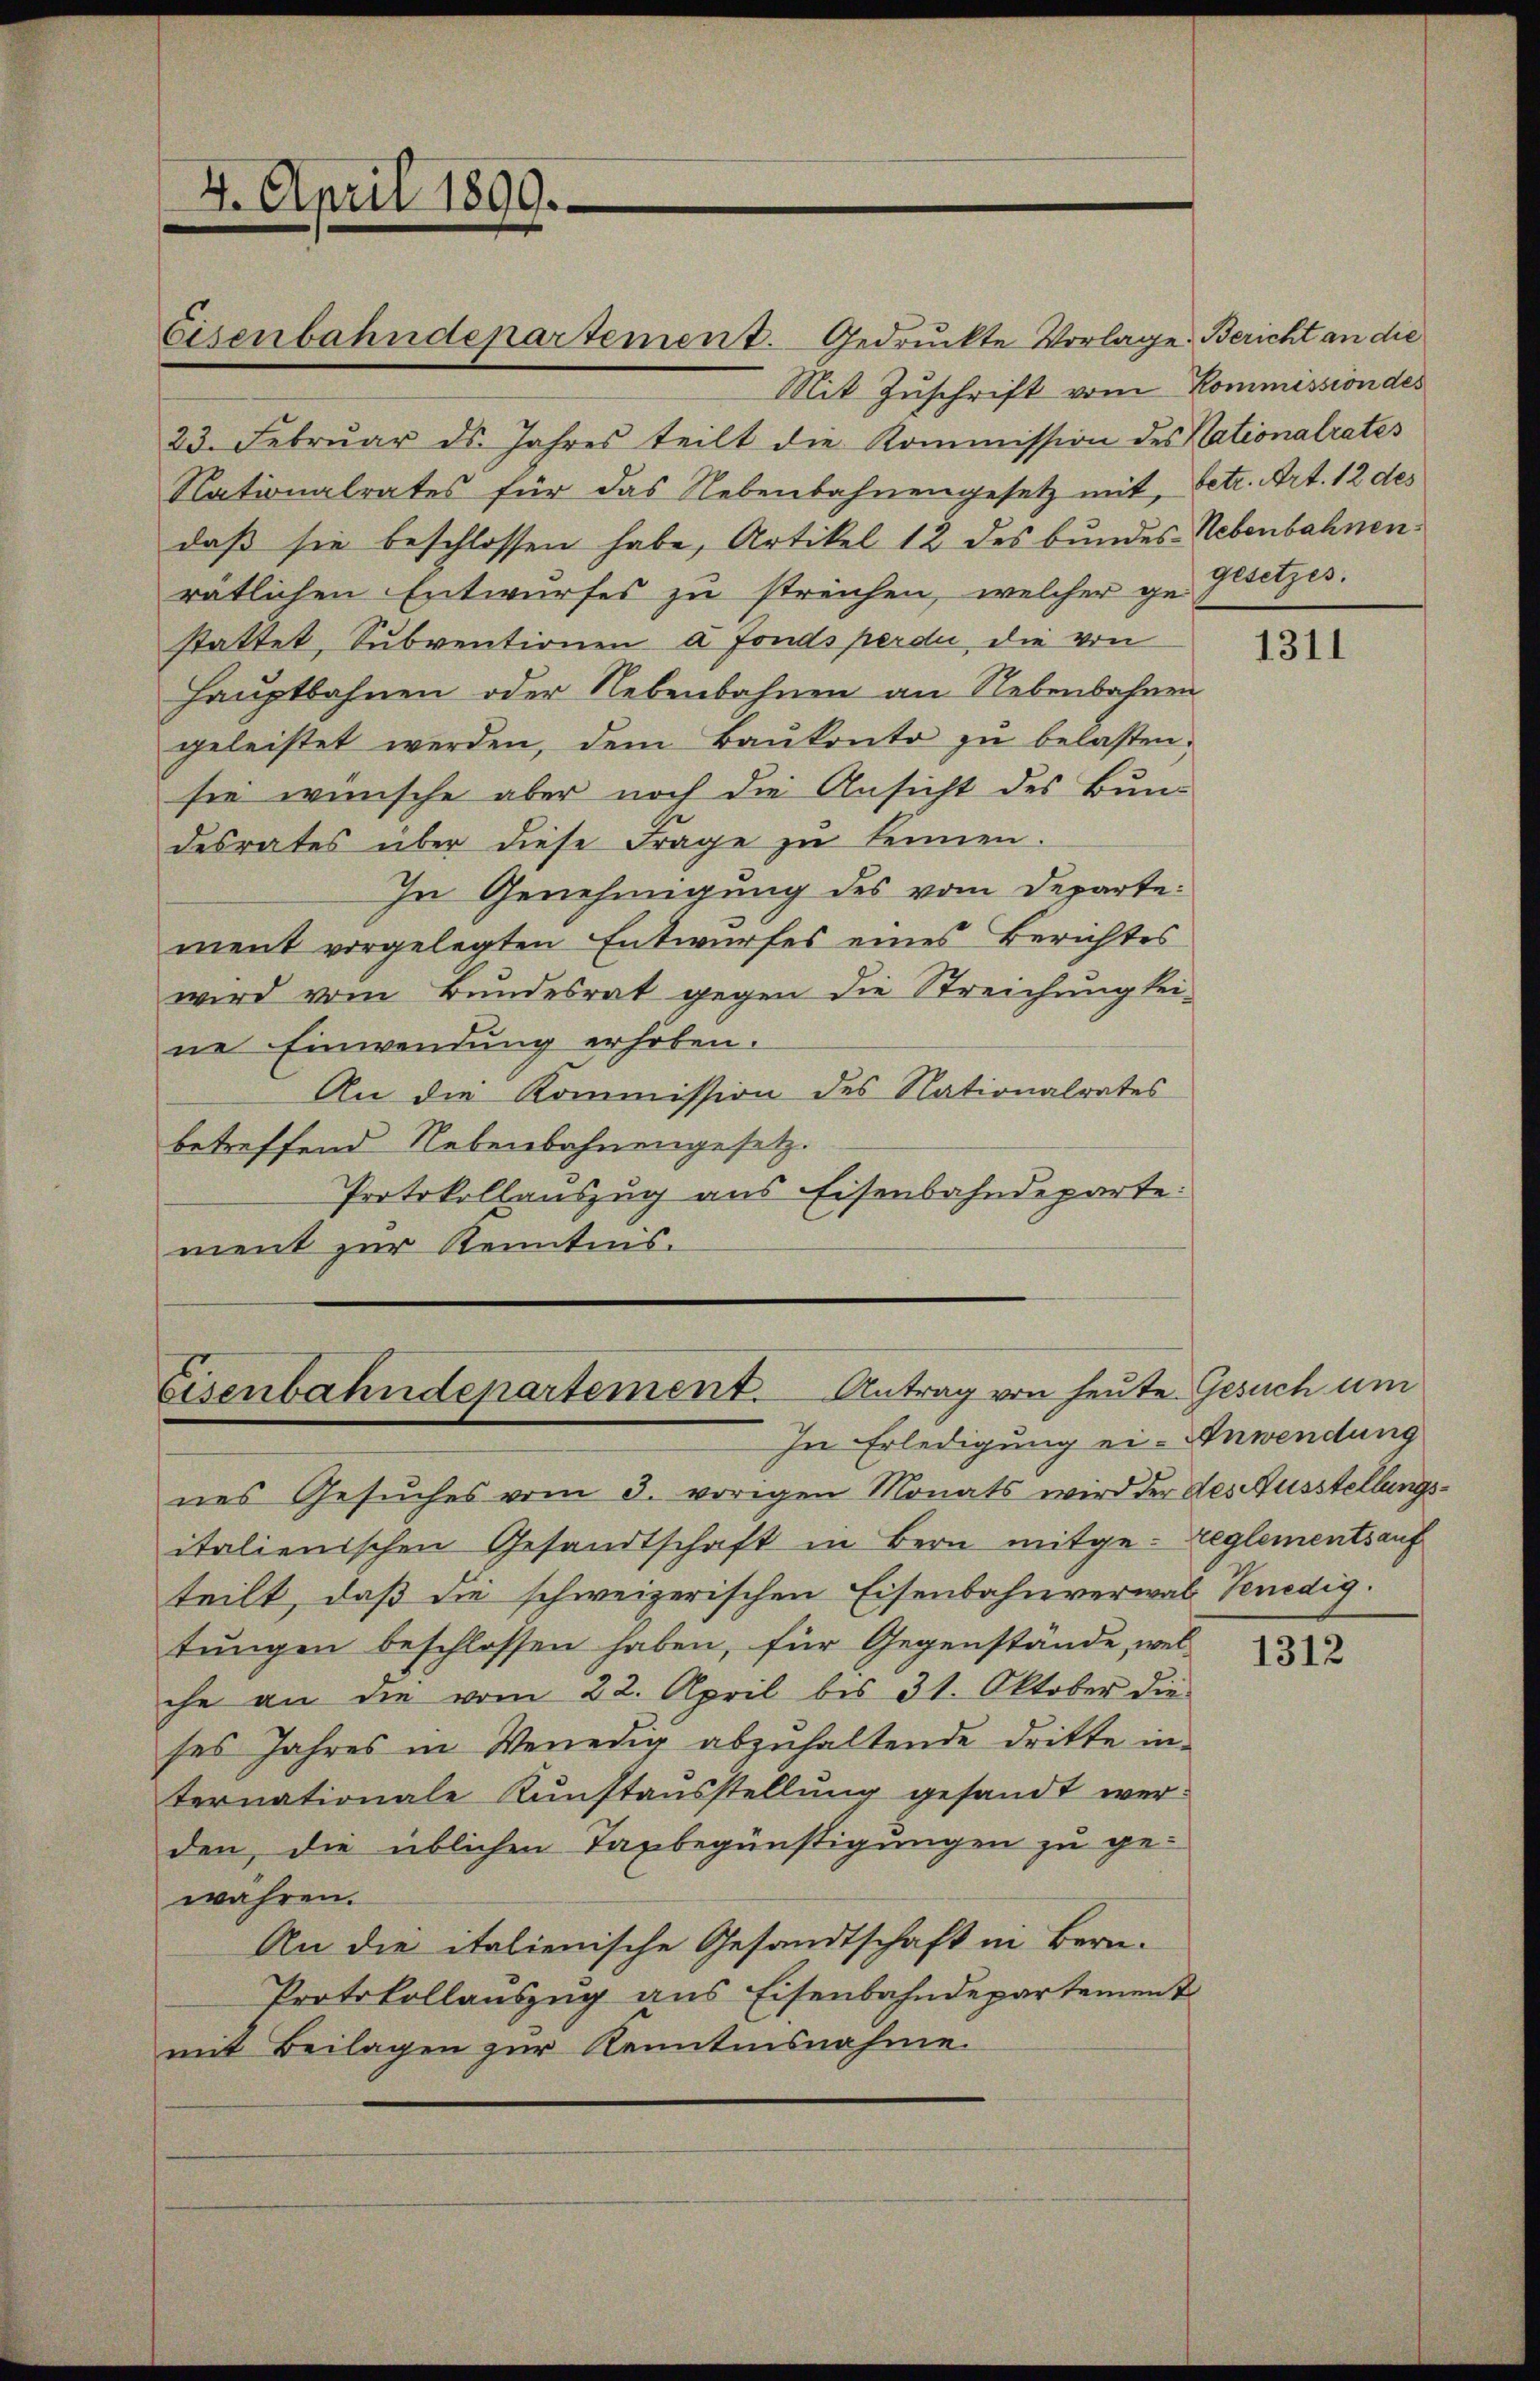
4. April 1899.

Eisenbahndepartement. Gedruckte Vorlage. Bericht an die
Mit Zuschrift vom Kommission des
23. Febrŭar ds. Jahres teilt die Kommission des Nationalrates
Nationalrates für das Nebenbahnengesetz mit, betr. Art. 12 des
daß sie beschlossen habe, Artikel 12 des bundes Nebenbahnenrätlichen Entwurfes zu streichen, welcher ge-
stattet, Subventionen à Fonds perdii die von
Hauptbahnen oder Nebenbahnen an Nebenbahnen
geleistet werden, dem Baŭkonto zŭ belasten.
sie wünsche aber noch die Ansicht des Bundesrates über diese Frage zŭ kennen.
In Genehmigung des vom Departement vorgelegten Entwurfes eines Berichtes
wird vom Bundesrat gegen die Streichung kei-
ne Einwendung erhoben.
An die Kommission des Nationalrates
betreffend Nebenbahnengesetz.
Protokollauszug aus Eisenbahndeparte:
ment zur Kenntnis.

Eisenbahndepartement. Antrag von heute Gesuch um
In Erledigung ei- Anwendung

gesetzes.

nes Gesuches vom 3. vorigen Monats wird der des Ausstellungsitalienischen Gesandtschaft in Bern mitge-Reglementsauf
teilt, daß die schweizerischen Eisenbahnverwal Venedigtungen beschlossen haben, für Gegenstände, wel-
che an die vom 22. April bis 31. Oktober die
ses Jahres in Venedig abzŭhaltende dritte in-
ternationale Kunstausstellung gesandt werden, die üblichen Taxbegünstigungen zu ge-
wahren.
An die italienische Gesandtschaft in Bern.
Protokollauszug aus Eisenbahndepartement
mit Beilagen zur Kenntnisnahme.

1311

1312